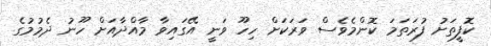
ކޮފީތަށު ފުރަތަމަ ކޮންމެވެސް ވަރަކަށް ހިހޫ ވަނީ އޭގައިވާ މާއްދާއަށް ހޫނު ދެމުމުގެ